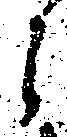
之